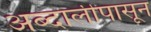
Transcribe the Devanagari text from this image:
अब्दालीपासून